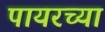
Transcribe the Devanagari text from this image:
पायरच्या